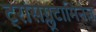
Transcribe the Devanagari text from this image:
ट्रांसग्लूटामिनेज़